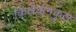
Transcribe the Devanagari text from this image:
किलवानकुल